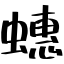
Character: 蟪